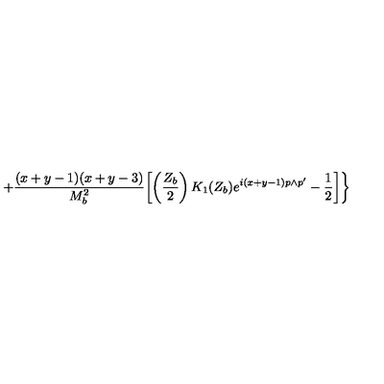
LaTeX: + \frac { ( x + y - 1 ) ( x + y - 3 ) } { M _ { b } ^ { 2 } } \biggl [ \left( \frac { Z _ { b } } { 2 } \right) K _ { 1 } ( Z _ { b } ) e ^ { i ( x + y - 1 ) p \wedge p ^ { \prime } } - \frac { 1 } { 2 } \biggr ] \biggr \}